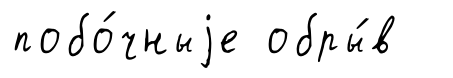
побо́чныjе обры́в